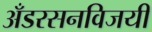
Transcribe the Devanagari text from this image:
अँडरसनविजयी